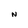
Character: N